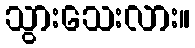
သွားသေးလား။